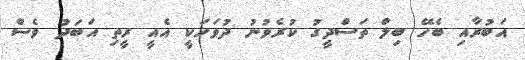
އަބުރާއި ބެހޭ ބިލް ތަސްދީގު ކުރެވުނު ދުވަހަކީ އެއީ ރީތި އަބަދު ވެސް